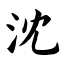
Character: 沈